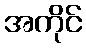
အကိုင်